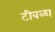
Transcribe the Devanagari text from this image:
टीबळा